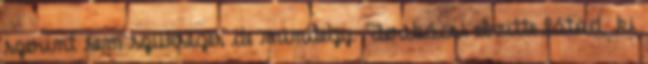
szerint sem szükséges de mindegy. Feribácsi elvitte látod, ki